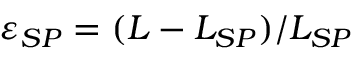
\varepsilon _ { S P } = ( L - L _ { S P } ) / L _ { S P }